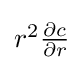
\textstyle r^{2}{\frac {\partial c}{\partial r}}